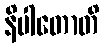
နိပါတောတိ